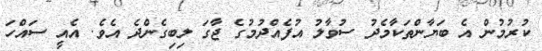
ކުރުމުން އެ ބަޔާންތަކާމެދު ސުވާލު އުފެއްދުމުގެ ޖާގަ ލިބިގެންދެ އެވެ. އެއީ ސައްހަ